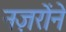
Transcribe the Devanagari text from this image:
नज़रोंने